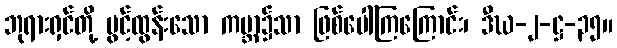
ဘုရားရှင်တို့ ပွင့်ထွန်းသော ကမ္ဘာ၌သာ ဖြစ်ပေါ်ကြကြောင်း၊ ဒီဃ-၂-ဋ္ဌ-၃၅။